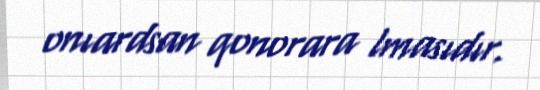
onıardsan qonorara lmasıdır.